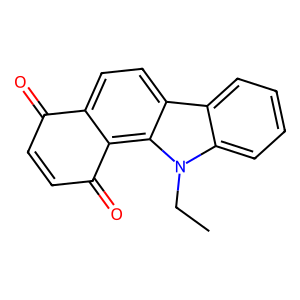
SMILES: CCn1c2ccccc2c2ccc3c(c21)C(=O)C=CC3=O
Inhibits HIV replication: No